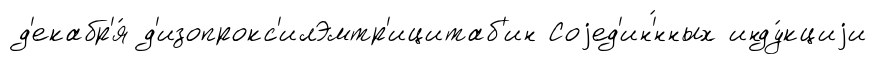
д'екабр'я́ д'изопрокс'илЭмтр'ицитаб'ин Соjед'ин'́нных инду́кциjи